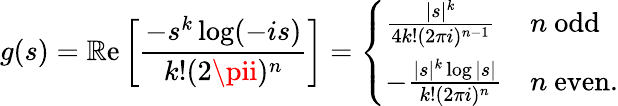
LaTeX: g(s)=\operatorname{\mathbb{R}e}\left[{\frac{{-s^{k}\log(-is)}}{{k!(2\pii)^{n}}}}\right]={\left\{ \begin{array}{ll}{{\frac{|s|^{k}}{4k!(2\pi i)^{n-1}}}}&{n{\mathrm{~odd}}}\\ {-{\frac{|s|^{k}\log|s|}{k!(2\pi i)^{n}}}}&{n{\mathrm{~even.}}}\end{array}\right.}